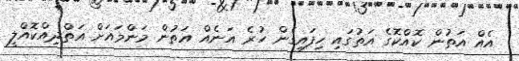
އެއް އަތުން ކޮއްކޮގެ އަތުގައި ހިފައިގެން ހުރެ އަނެއް އަތުން މަންމައަށް އަތްދިއްކޮއްލީ